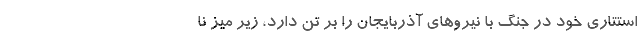
استتاری خود در جنگ با نیروهای آذربایجان را بر تن دارد، زیر میز نا